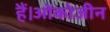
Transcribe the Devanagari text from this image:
हैं।ओंकोजीन